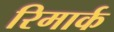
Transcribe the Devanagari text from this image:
रिमार्क